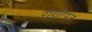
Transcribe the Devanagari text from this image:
राइटिंग्ज़